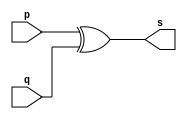
// --------------------- 
// Exemplo0005 - xor 
// Nome: Leonardo Machado Decina
// --------------------- 
// --------------------- 
// -- xor gate 
// --------------------- 
module xorgate (output [0:3] s, 
input [0:3] p, 
input [0:3] q); 
assign s = p ^ q; 
endmodule // xor 
// --------------------- 
// -- test xorgate 
// --------------------- 
module testxorgate; 
// ------------------------- dados locais 
reg [0:3] a,b; // definir registrador 
wire [0:3] s; // definir conexao (fio) 
// ------------------------- instancia 
xorgate XOR1 (s, a, b); 
// ------------------------- preparacao 
initial begin:start 
a=4'b0011; // 4 valores binarios 
b=4'b0101; // 4 valores binarios 
end 
// ------------------------- parte principal 
initial begin:main 
$display("Exemplo0005 - Leonardo Machado Decina - 451588"); 
$display("Test xor gate"); 
$display("\n a ^ b = s\n"); 
$monitor("%b ^ %b = %b", a, b, s); 
#1 a=0; b=0; // valores decimais 
#1 a=4'b0010; b=4'b0001; // valores binarios 
#1 a=4'd1; b=3; // decimal e decimal 
#1 a=4'o5; b=2; // octal e decimal 
#1 a=4'hA; b=3; // hexadecimal e decimal 
#1 a=4'h9; b=4'o3; // hexadecimal e octal 
end 
endmodule // testxorgate